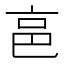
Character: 𠅔